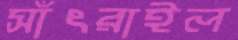
সাঁৎরাইল